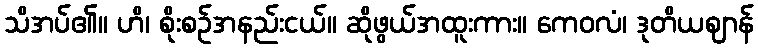
သိအပ်၏။ ဟိ၊ စိုးစဉ်အနည်းငယ်။ ဆိုဖွယ်အထူးကား။ ကေဝလံ၊ ဒုတိယဈာန်